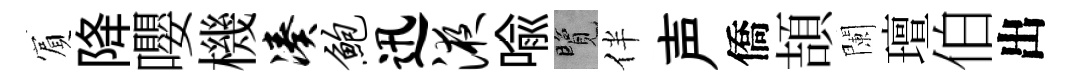
賔降嚶機凑鲍迅液喻覽伴声僑頡闌璮伯出